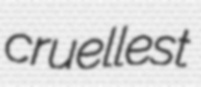
cruellest